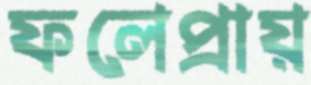
ফলেপ্রায়